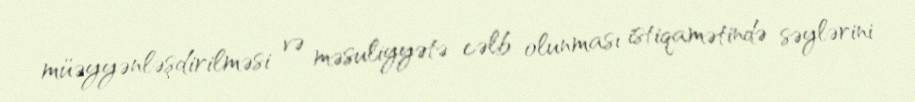
müəyyənləşdirilməsi və məsuliyyətə cəlb olunması istiqamətində səylərini